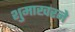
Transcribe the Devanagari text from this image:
शुमाखरने